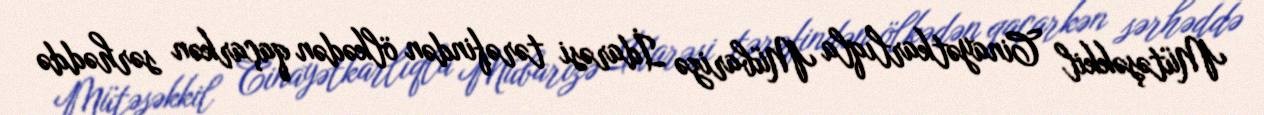
Mütəşəkkil Cinayətkarlıqla Mübarizə İdarəsi tərəfindən ölkədən qaçarkən sərhəddə